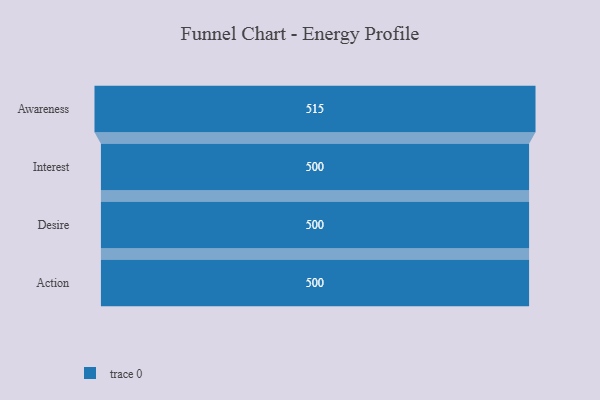
{"axis": {"x": "Stage", "y": "Value"}, "legend": [""], "data": [{"x": "Awareness", "y": 515.0, "type": ""}, {"x": "Interest", "y": 500, "type": ""}, {"x": "Desire", "y": 500, "type": ""}, {"x": "Action", "y": 500, "type": ""}]}